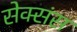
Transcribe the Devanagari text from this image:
सेक्संस